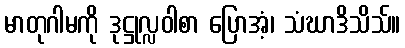
မာတုဂါမကို ဒုဋ္ဌုလ္လဝါစာ ပြောအံ့၊ သံဃာဒိသိသ်။